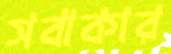
সবাকার